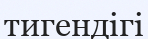
тигендігі